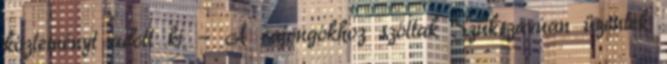
közleményt adott ki - A rajongókhoz szóltak Szűkszavúan üzentek